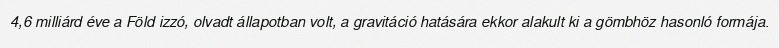
4,6 milliárd éve a Föld izzó, olvadt állapotban volt, a gravitáció hatására ekkor alakult ki a gömbhöz hasonló formája.